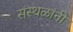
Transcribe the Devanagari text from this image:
संस्थळांनी